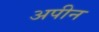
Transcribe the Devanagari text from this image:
अपीन